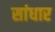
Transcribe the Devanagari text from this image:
सांधार